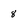
Character: 8